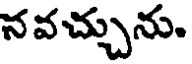
నవచ్చును.